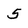
Character: 5